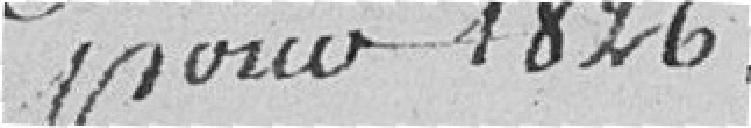
pour 1826